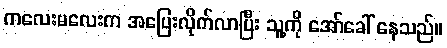
ကလေးမလေးက အပြေးလိုက်လာပြီး သူ့ကို အော်ခေါ် နေသည်။